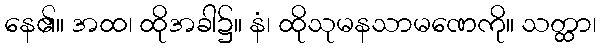
နေ၏။ အထ၊ ထိုအခါ၌။ နံ၊ ထိုသုမနသာမဏေကို။ သတ္ထာ၊